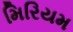
મિરિયમ